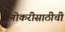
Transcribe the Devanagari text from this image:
नोकरीसाठीची